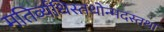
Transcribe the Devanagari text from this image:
मतिर्व्यधिस्तथोन्मदस्तथा